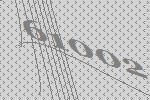
61002